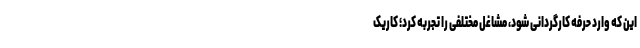
این‌ که وارد حرفه کارگردانی شود، مشاغل مختلفی را تجربه کرد؛ کاریک